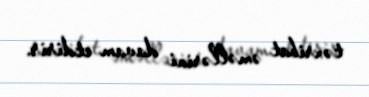
təxribat əməllərini davam etdirir.